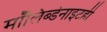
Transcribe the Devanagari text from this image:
मॉलिब्डेनाइटही